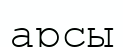
арсы